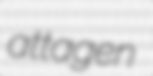
attagen